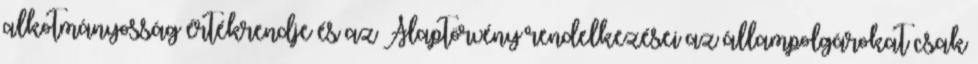
alkotmányosság értékrendje és az Alaptörvény rendelkezései az állampolgárokat csak